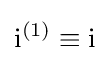
\mathrm {i} ^{(1)}\equiv \mathrm {i}